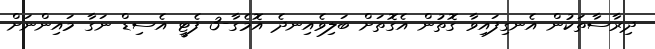
ދިރާސާތަކުން އެނގިފައިވާ ގޮތުން އެގޮތަށް ބަލިވެއިނދެ އޮމެގާ-3 ފެޓީ އެސިޑް ނަގާ މައިންނަށް